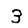
Digit: 3